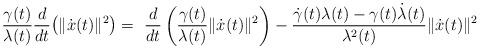
LaTeX: \begin{align*}\frac{\gamma(t)}{\lambda(t)}\frac{d}{dt}\big(\|\dot x(t)\|^2\big) = \ \frac{d}{dt}\left(\frac{\gamma(t)}{\lambda(t)}\|\dot x(t)\|^2\right)-\frac{\dot \gamma(t)\lambda(t)-\gamma(t)\dot\lambda(t)}{\lambda^2(t)}\|\dot x(t)\|^2\\\end{align*}